Annual report on the working of the mental hospitals in the Madras Presidency - 1912-1932
Year: 1912
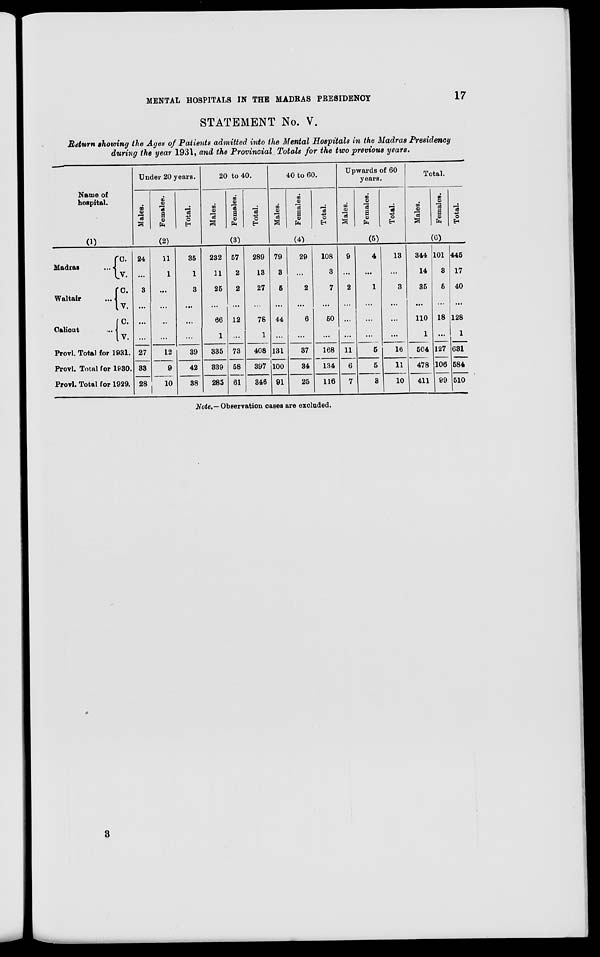
MENTAL HOSPITALS IN THE MADRAS PRESIDENCY
17
STATEMENT No. V.
Return showing the Ayes of Patients admitted into the Mental Hospitals in the Madras Presidency
during the year 1931, and the Provincial Totals for the two previous years.
Name of
hospital.
(1)
Madras ...
Waltair ...
Calicut ...
C.
V.
C.
V.
C.
V.
Provl. Total for 1931.
Provl. Total for 1930.
Provl. Total for 1929.
Under 20 years.
Males.
Females.
Total.
(2)
24
...
3
...
...
...
27
33
28
11
1
...
...
...
...
12
9
10
35
1
3
...
...
...
39
42
38
20 to 40.
Males.
Females.
Total.
(3)
232
11
25
...
66
1
335
339
285
57
2
2
...
12
...
73
58
61
289
13
27
...
78
1
408
397
346
40 to 60.
Males.
Females.
Total.
(4)
79
3
5
...
44
...
131
100
91
29
...
2
...
6
...
37
34
25
108
3
7
...
50
...
168
134
116
Upwards of 60
years.
Males.
Females.
Total.
(5)
9
...
2
...
...
...
11
6
7
4
...
1
...
...
...
5
5
3
13
...
3
...
...
...
16
11
10
Total.
Males.
Females.
Total.
(6)
344
14
35
...
110
1
504
478
411
101
3
5
...
18
...
127
106
99
445
17
40
...
128
1
631
584
510
Note.—Observation cases are excluded.
3